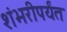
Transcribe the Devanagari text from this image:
शंभरीपर्यंत